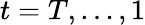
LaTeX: t=T,\dots,1